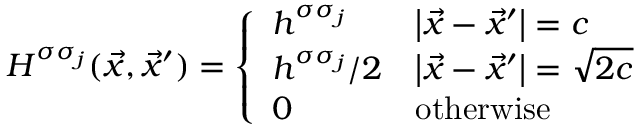
H ^ { \sigma \sigma _ { j } } ( { \vec { x } } , { \vec { x } } ^ { \prime } ) = { \left\{ \begin{array} { l l } { h ^ { \sigma \sigma _ { j } } } & { \left| { \vec { x } } - { \vec { x } } ^ { \prime } \right| = c } \\ { h ^ { \sigma \sigma _ { j } } / 2 } & { \left| { \vec { x } } - { \vec { x } } ^ { \prime } \right| = { \sqrt { 2 c } } } \\ { 0 } & { { \mathrm { o t h e r w i s e } } } \end{array} \right. }